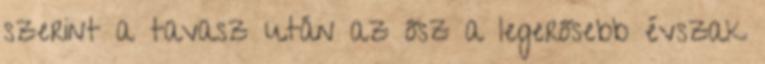
szerint a tavasz után az ősz a legerősebb évszak